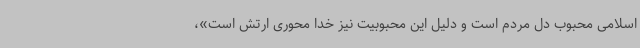
اسلامی محبوب دل مردم است و دلیل این محبوبیت نیز خدا محوری ارتش است»،